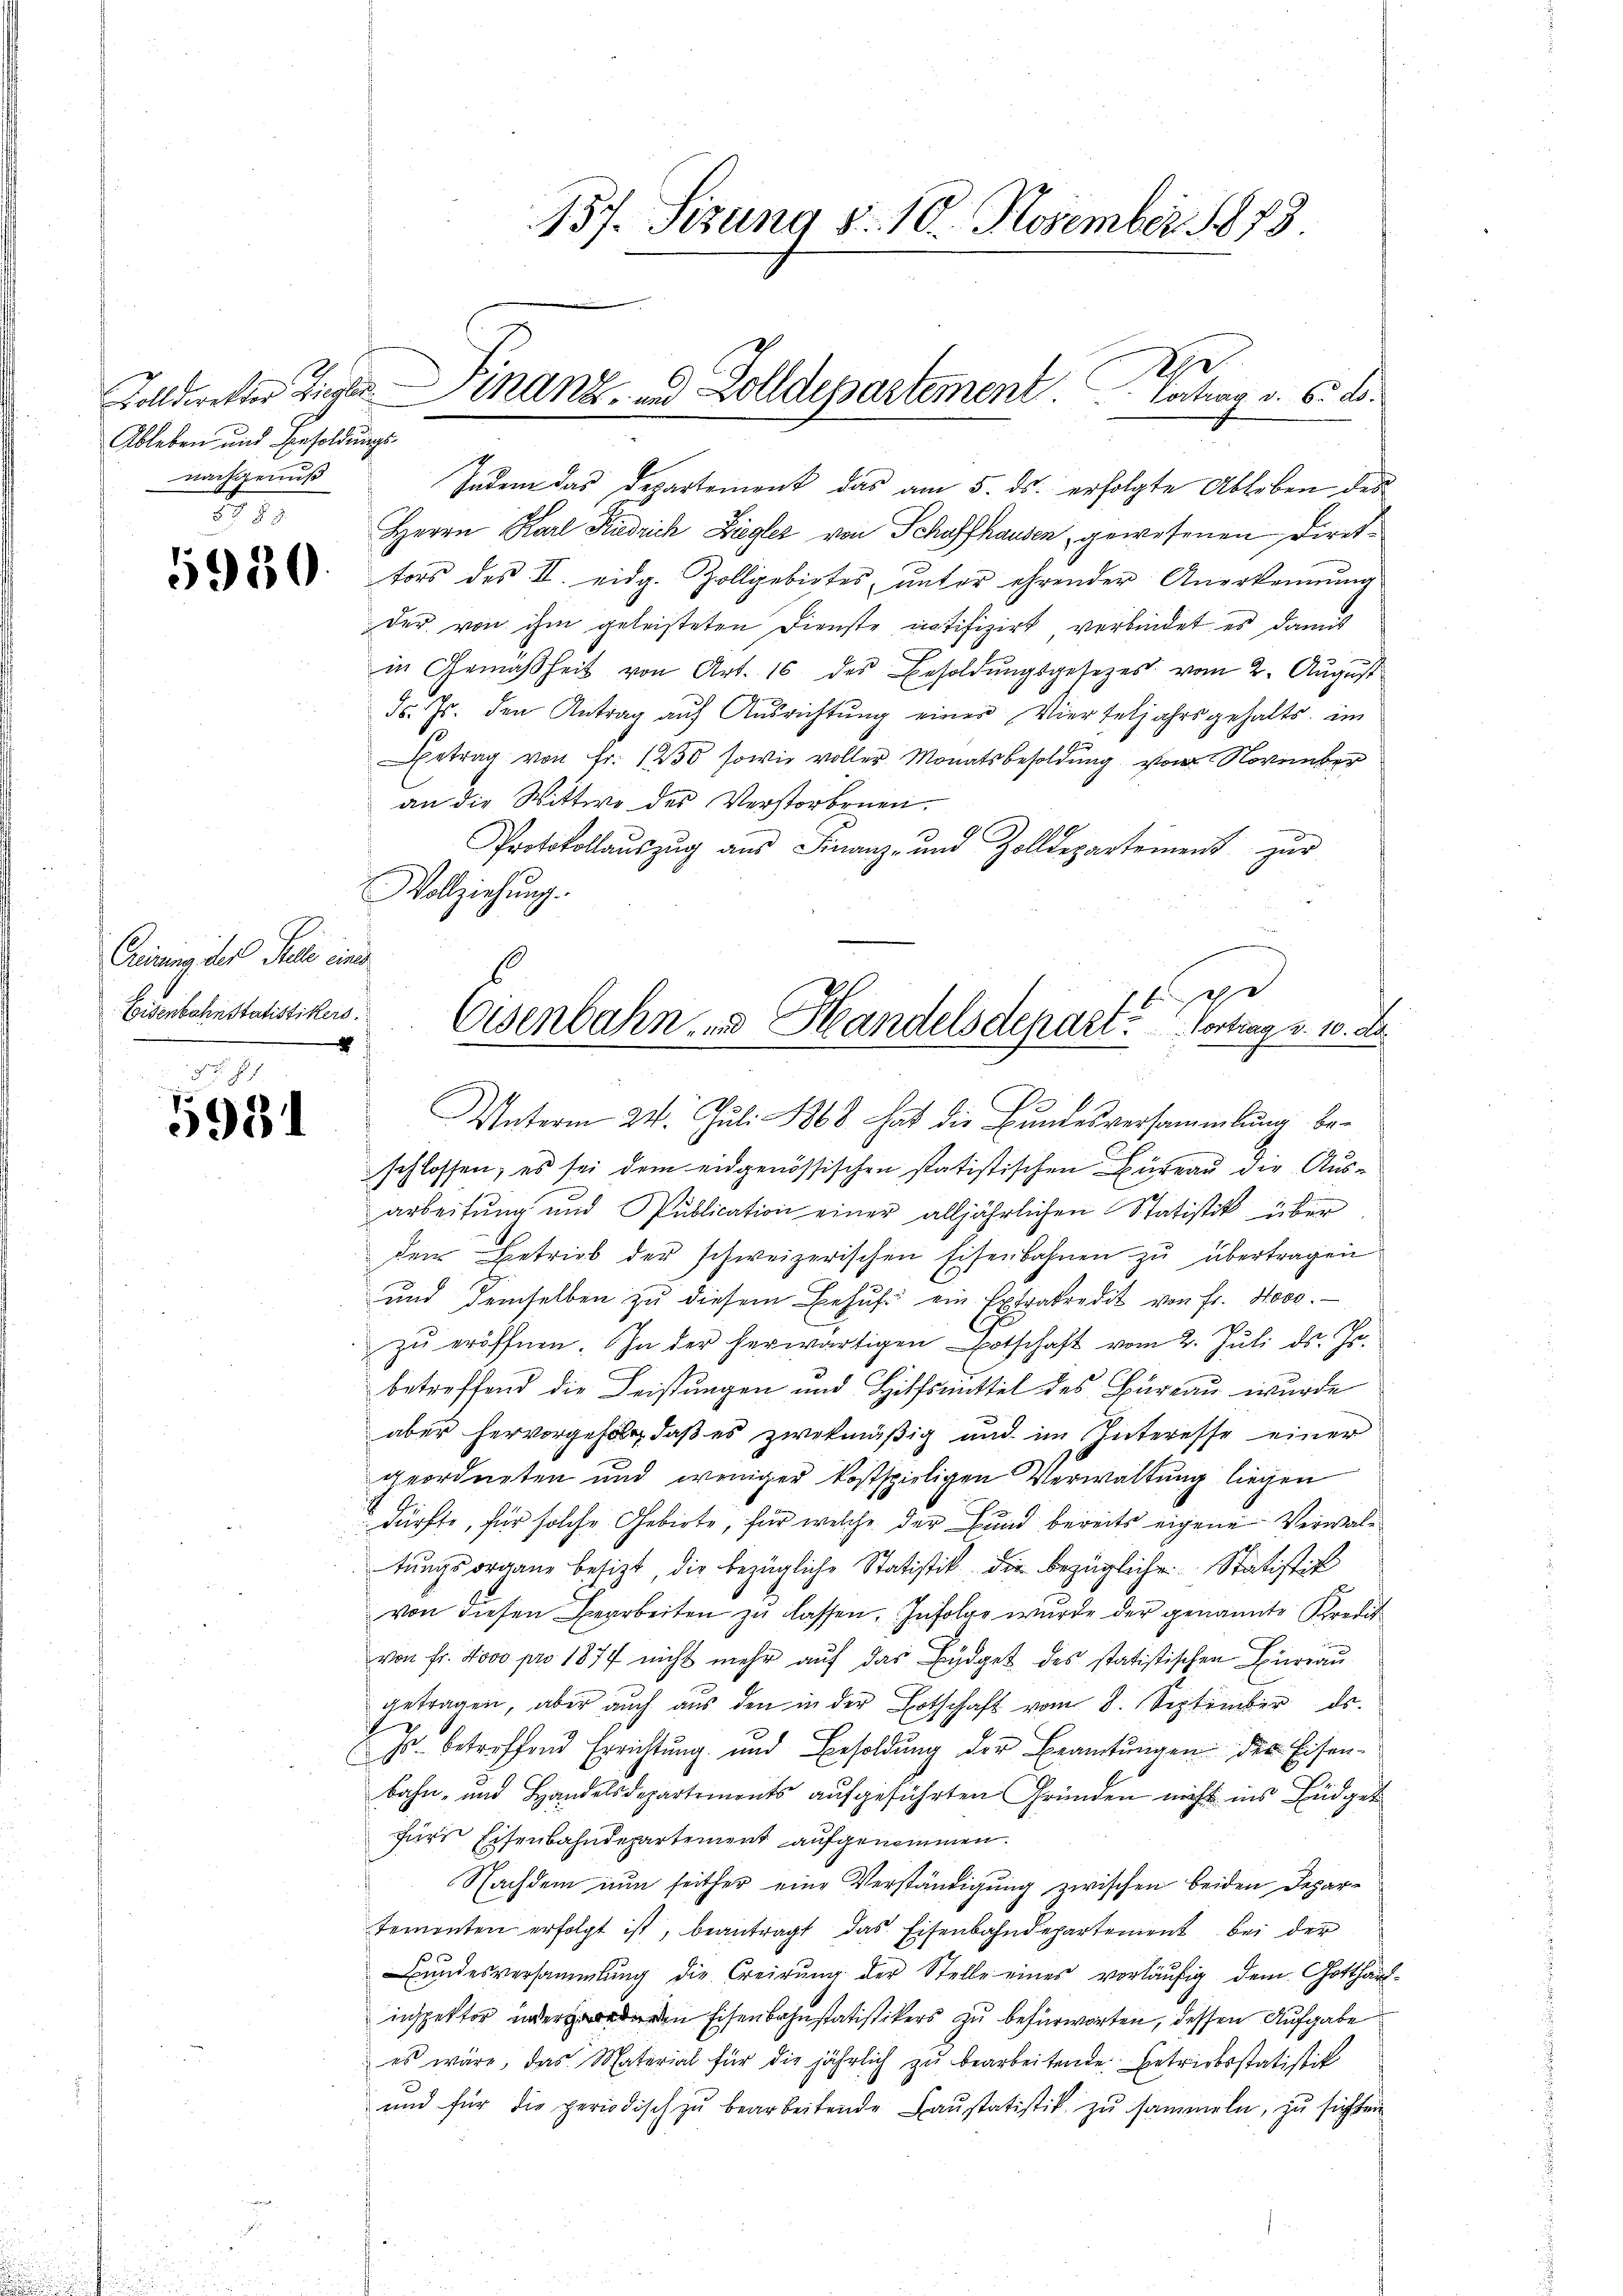
Ableben und Besoldŭngs-
nachgenuß
13

6930.

Geinung der Teile eine
Eisenbahn statistikers
2

5984

157. Sizung d. 10. November 1873.

Indem das Departement das am 5. ds. erfolgte Ableben des
Herrn Karl Kiedrich Ziegler von Schaffhausen, gewesenen Direktors des III. eidg. Zolliebirtes, unter ehrender Anerkennung
der von ihm geleisteten Dienste notifizirt, verbindet es damit
in Gemäßheit von Art. 16 des Besoldŭngsgesetzes vom 2. August
Fs. Js. den Antrag aŭf Aŭsrichtŭng einer Vierteljahrsgehalts im
etrag von Fr. 1250 sowie voller Monatsbesoldung von November
an die Wittwe des Verstorbenen.
Protokollaŭszŭg aŭs Finanz- und Zolldepartement zŭr
Vollziehung.
Unterm 24. Juli 1868 hat die Bundesversammlung beschlossen, es sei dem eidgenössischen statistischen Büreau die Ausarbeitung und Publication einer alljährlichen Statistik über
dem Betrieb der schweizerischen Eisenbahnen zu übertragen
und demselben zŭ diesem Behuf ein Extrakredit von fr. Nov.
zŭ eröffnen. In der herwärtigen Botschaft vom 2. Juli d. Js.
betreffend die Leistungen und Hilfsmittel des Büreau wurde
aber hervorgeholt, daß es zwekmäßig und im Interesse einer
geordneten und weniger kostspieligen Verwaltung liegen
dürfte, für solche Gebirte, für welche der Bund bereits eigene Verwaltungsorgane besizt, die bezügliche Statistik die bezügliche Statistik
von diesen Bearbeiten zu lassen. Infolge wurde der genannte Kredit
von fr. Novo pro 1877 nicht mehr aŭf das Büdget des statistischen Büreau
getragen, aber auch aus den in der Botschaft vom 8. September ds.
Js. betreffend Errichtung und Besoldung der Beamtungen der Eisenbahn- und Handelsdepartements aufgeführten Gründen nicht ins Büdget
fürs Eisenbahndepartement aufgenommen.
Nachdem nun seither eine Verständigung zwischen beiden Departementen erfolgt ist, beantragt das Eisenbahndepartement bei der
Bŭndesversammlung die Creirŭng der Stelle eines vorläŭfig dem Gotthaus-
inspektor inderen Eisenbahnstatistikers zu befürworten, dessen Aufgabe
es wäre, das Material für die jährlich zu bearbeitende Betriebsstatistik
und für die periodisch zŭ bearbeitende Baustatistik zu sammeln, zu sichten

der
Zolldirektor Ziegler Finanz- und Zolldepartement. Vortrag v. 6. ds.

r
Eisenbahn, und Handelsdepart. Vortrag v. 10. De